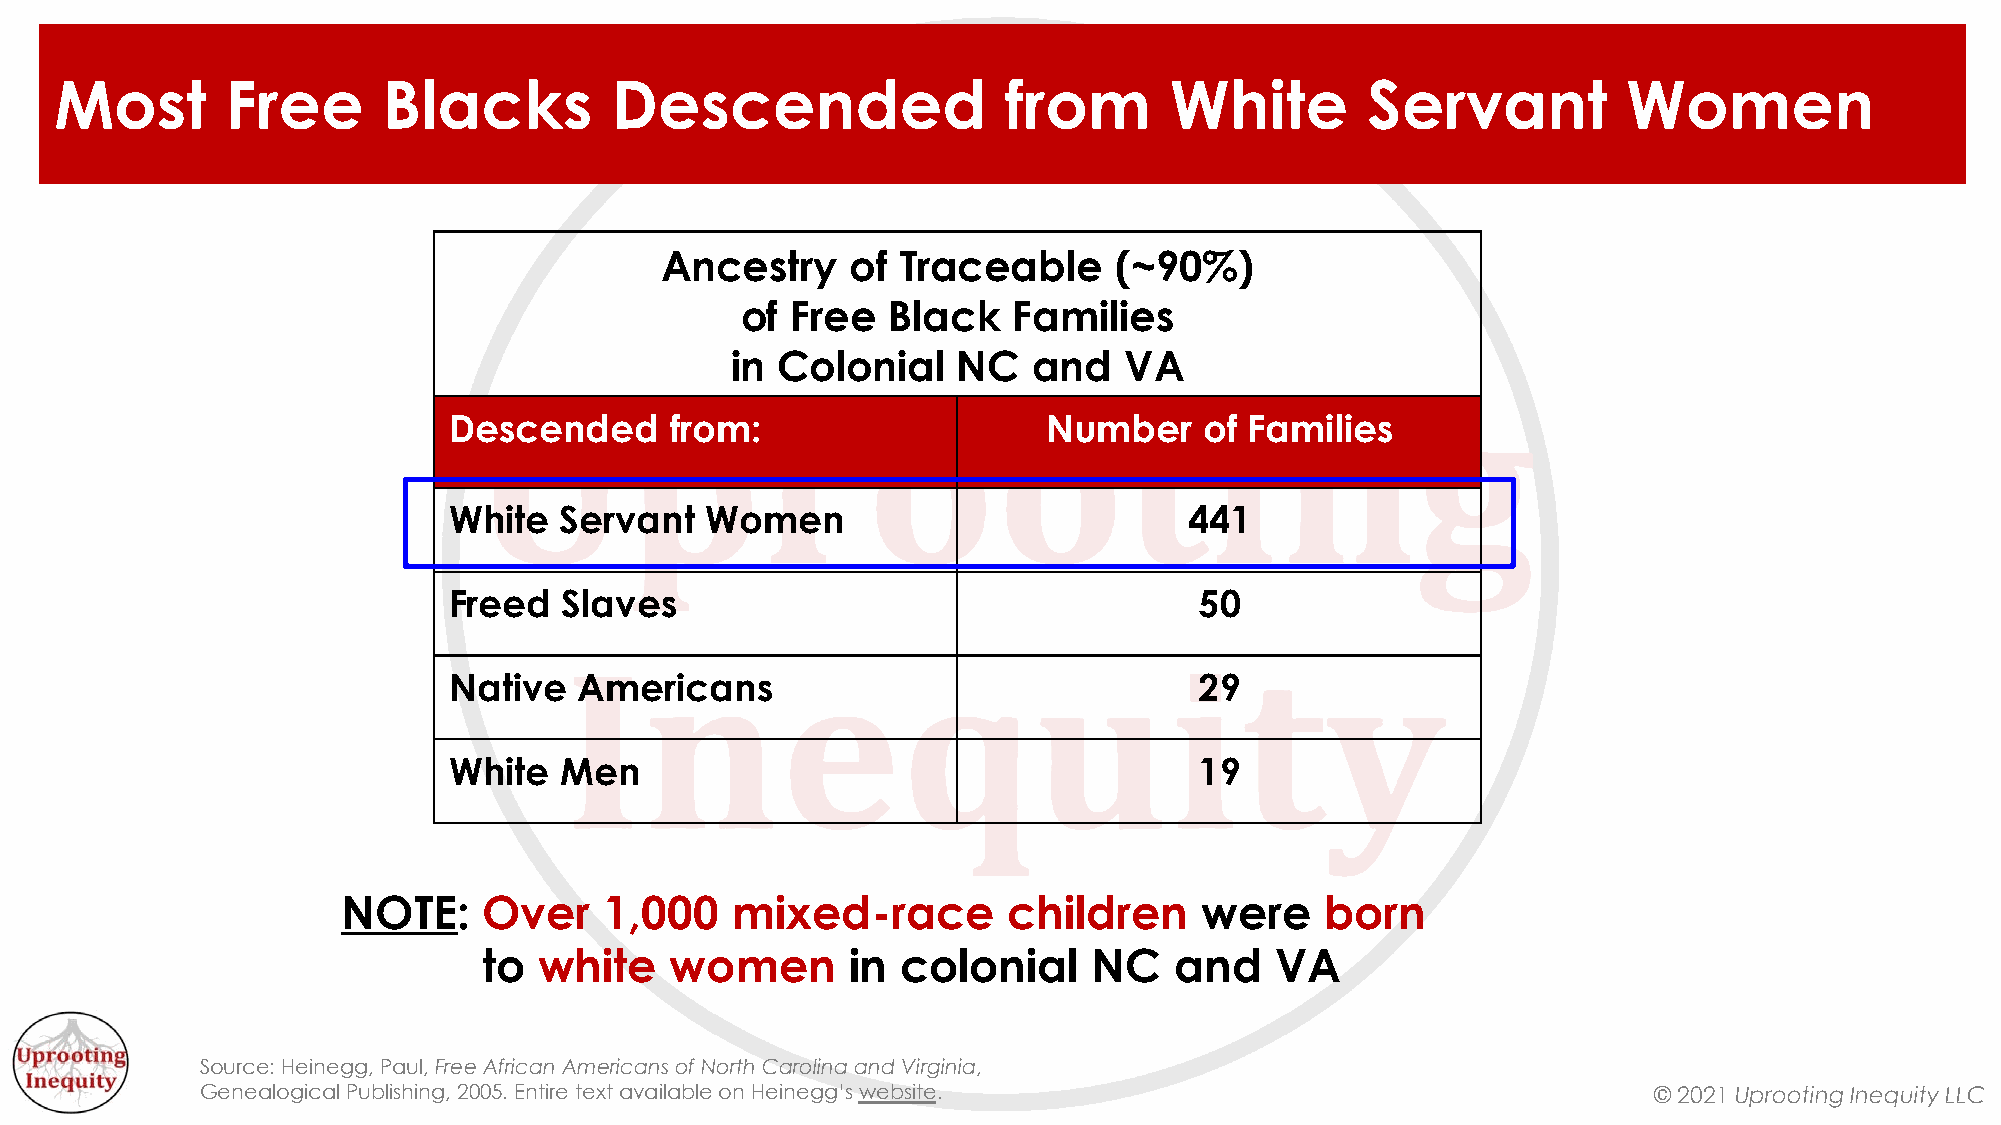
Most       Free      Blacks         Descended                  from      White        Servant           Women
 Ancestry    of  Traceable     (~90%)
 of Free   Black   Families
 in Colonial    NC   and   VA
 Descended     from:                    Number     of Families
 White  Servant   Women                           441
 Freed  Slaves                                    50
 Native  Americans                                29
 White  Men                                       19
 NOTE:    Over    1,000   mixed-race         children    were     born
 to  white   women       in  colonial    NC    and   VA
 Source: Heinegg, Paul, Free African Americans of North Carolina and Virginia,
 Genealogical Publishing, 2005. Entire text available on Heinegg’s website.                      © 2021 Uprooting Inequity LLC